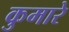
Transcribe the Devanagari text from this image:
कुमारे